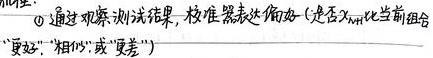
通过观察测试结果，校准器表达偏好（是否不同于当前组合 “更好”，“相似”，或 “更差”）